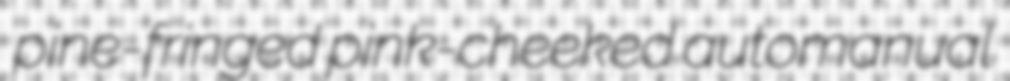
pine-fringed pink-cheeked automanual